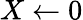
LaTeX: X\gets 0